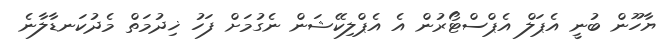
ޔާހޫން ބުނީ އެޕަލް އެޕްސްޓޯރުން އެ އެޕްލިކޭޝަން ނެގުމަށް ފަހު ޚިދުމަތް މެދުކަނޑާލާނެ